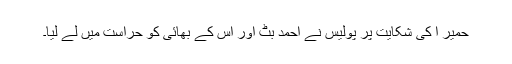
حمیر ا کی شکایت پر پولیس نے احمد بٹ اور اس کے بھائی کو حراست میں لے لیا۔